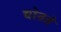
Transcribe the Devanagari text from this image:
द्योतते